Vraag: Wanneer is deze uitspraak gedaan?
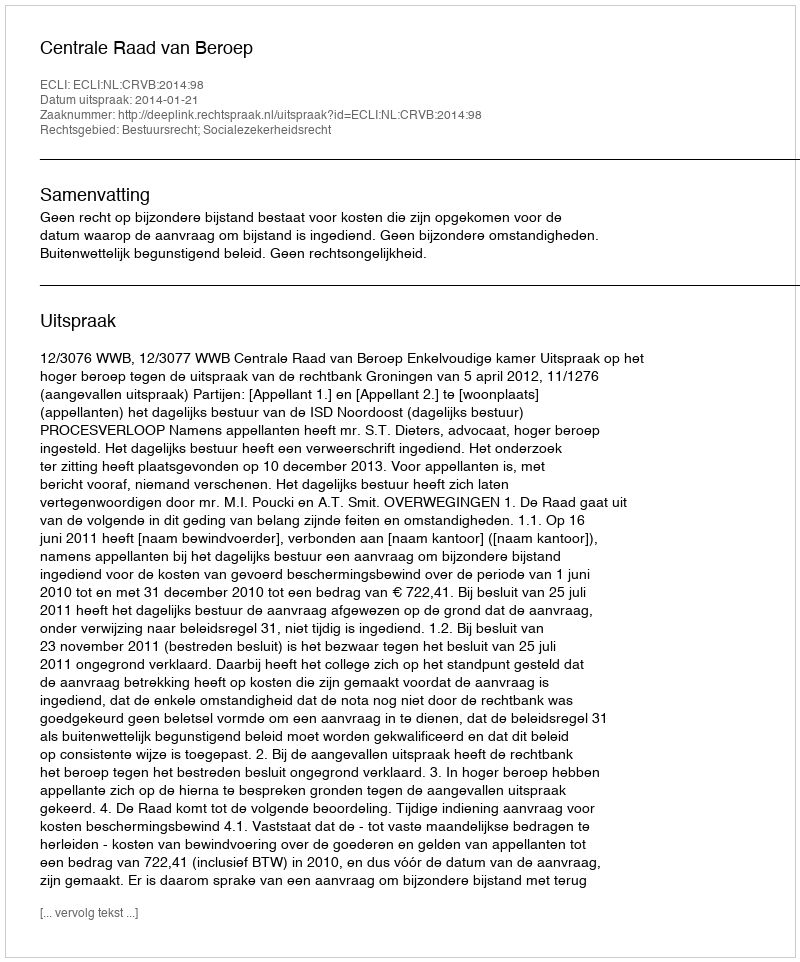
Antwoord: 2014-01-21